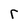
Character: r